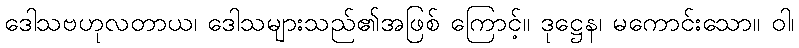
ဒေါသဗဟုလတာယ၊ ဒေါသများသည်၏အဖြစ် ကြောင့်။ ဒုဋ္ဌေန၊ မကောင်းသော။ ဝါ၊